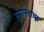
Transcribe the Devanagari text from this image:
सूर्यास्ताचा